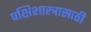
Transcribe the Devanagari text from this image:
पक्षिशास्त्रासाठी